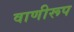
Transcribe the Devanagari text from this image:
वाणीरूप